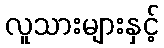
လူသားများနှင့်